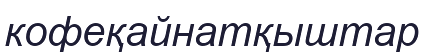
кофеқайнатқыштар